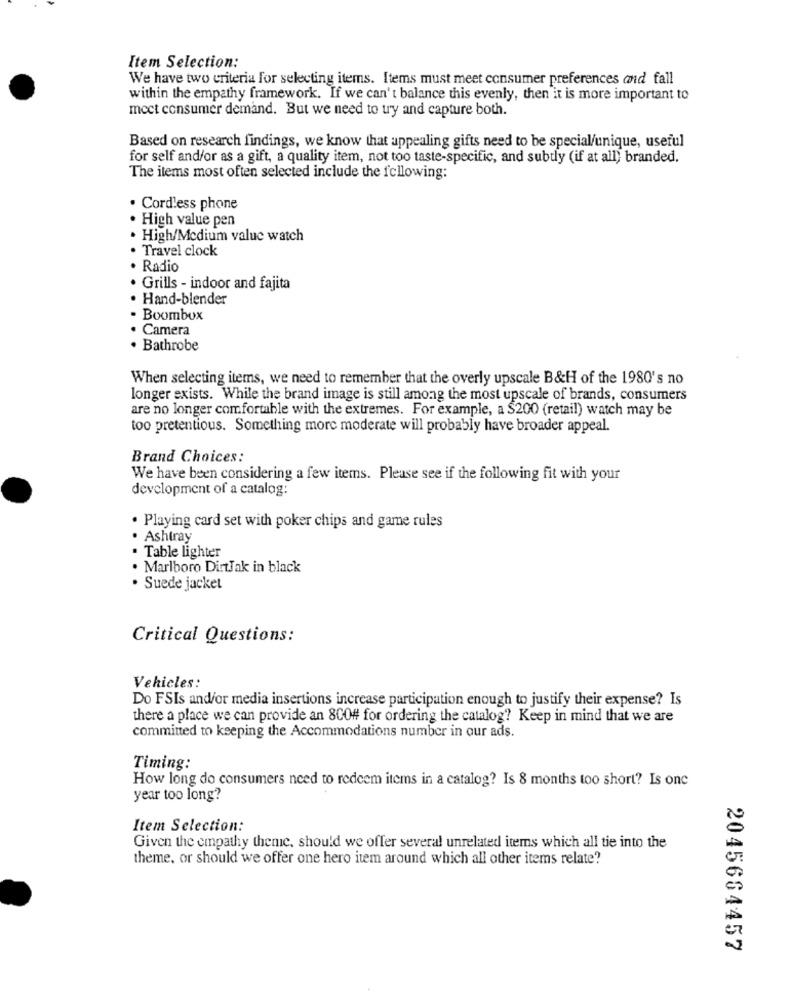
Item Selection:
We have two criteria For selecting items. Items must meet consumer preferences and fall
within the empathy framework. If we can't balance this evenly, then it is more important to
mect consumer demand. But we need to try and capture both.
Based on research findings, we know that appealing gifts need to be special/unique, useful
for self and/or as a gift, a quality item, not too taste-specific, and subtly (if at all) branded.
The items most often selected include the following:
Cordless phone
High value pen
High/Medium value watch
Travel clock
Radio
Grills - indoor and fajita
Hand-blender
Boombox
Camera
. Bathrobe
When selecting items, we need to remember that the overly upscale B&H of the 1980's no
longer exists. While the brand image is still among the most upscale of brands, consumers
are no longer comfortable with the extremes. For example, a S200 (retail) watch may be
too pretentious. Something more moderate will probably have broader appeal.
Brand Choices:
We have been considering a few items. Please see if the following fit with your
development of a catalog:
· Playing card set with poker chips and game rules
· Ashtray
· Table lighter
. Marlboro DinJak in black
Suede jacket
Critical Questions:
Vehicles:
Do FSIs and/or media insertions increase participation enough to justify their expense? Is
there a place we can provide an 800# for ordering the catalog? Keep in mind that we are
committed to keeping the Accommodations number in our ads.
Timing:
How long do consumers need to redeem items in a catalog? Is 8 months too short? Is one
year too long?
Item Selection:
Given the empathy theme, should we offer several unrelated items which all tie into the
theme, or should we offer one hero item around which all other items relate?
2045664457